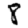
Digit: 8